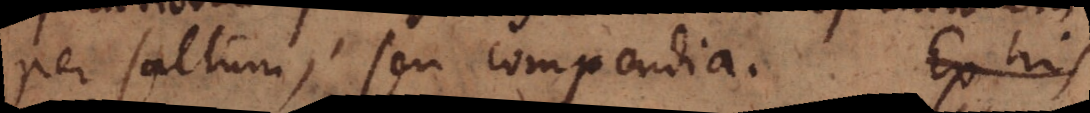
per saltum, seu compendia. Ex his